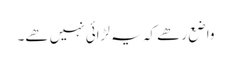
واضع رھے کہ یہ لڑائی نہیں ھے۔